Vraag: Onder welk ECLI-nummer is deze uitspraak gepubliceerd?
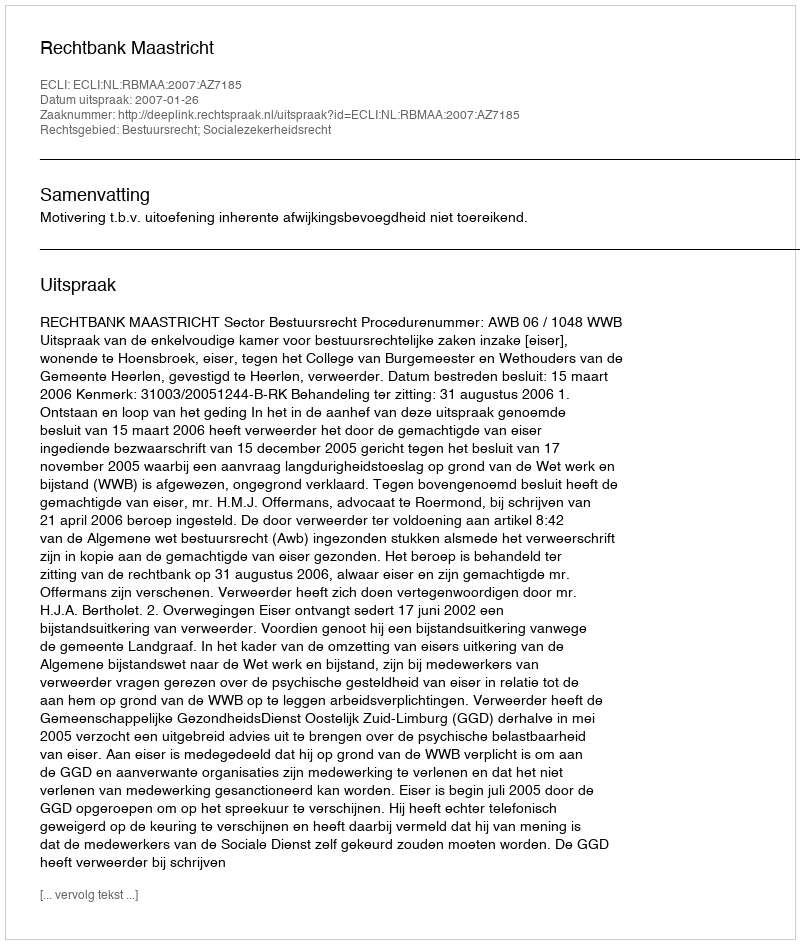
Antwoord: ECLI:NL:RBMAA:2007:AZ7185